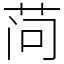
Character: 𬜬